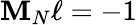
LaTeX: \mathbf{M}_{N}\ell=-1